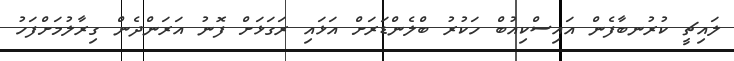
ލައިޗީ ކުރުނބާފެން އައިސްކިއުބް ހަކުރު ބްލެންޑަރަށް އަޅައި ރަގަޅަށް ފޮނު އަރަންދެން ގިރާލުމަށްފަހު